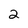
Character: 2